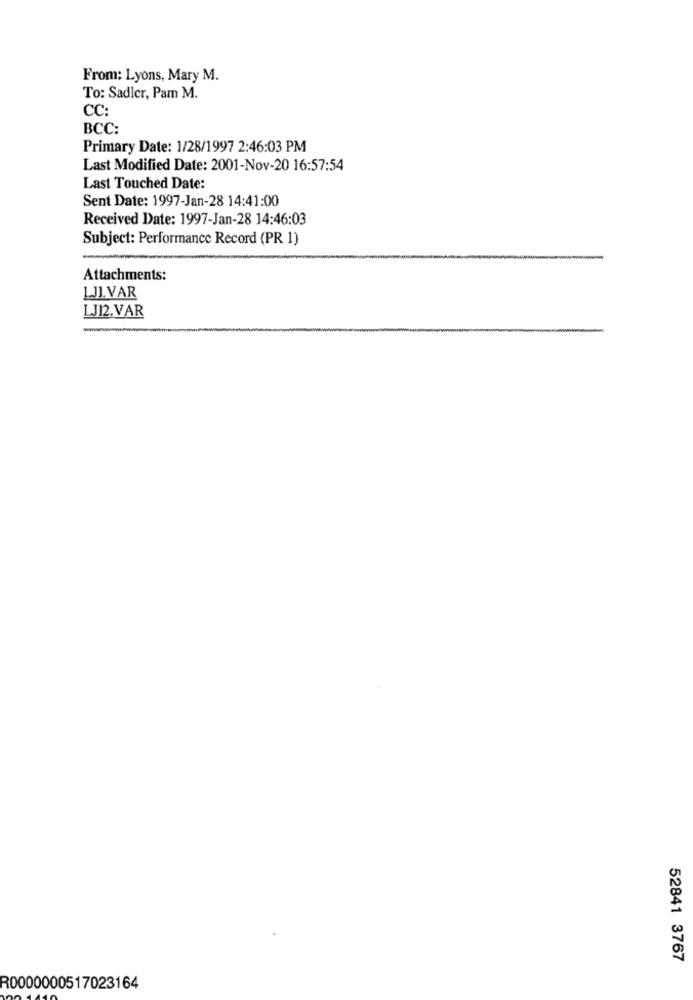
From: Lyons, Mary M.
To: Sadler, Pam M.
CC:
BCC:
Primary Date: 1/28/1997 2:46:03 PM
Last Modified Date: 2001-Nov-20 16:57:54
Last Touched Date:
Sent Date: 1997-Jan-28 14:41:00
Received Date: 1997-Jan-28 14:46:03
Subject: Performance Record (PR 1)
Attachments:
LJI.VAR
LJI2.VAR
52841 3767
R0000000517023164